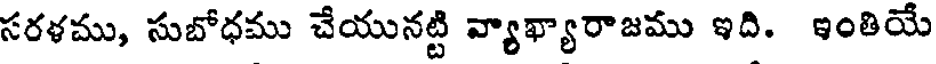
సరళము, సుబోధము చేయునట్టి వ్యాఖ్యారాజము ఇది. ఇంతియే